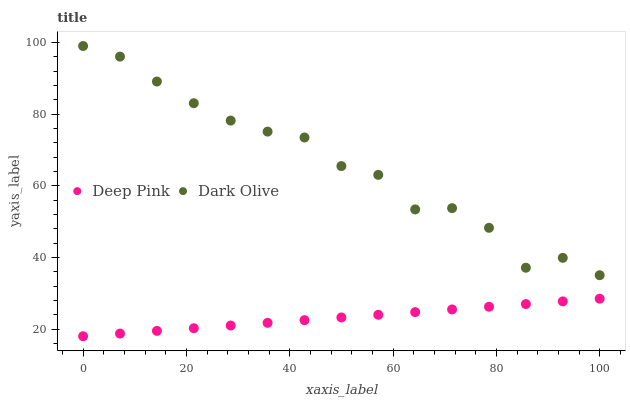
| xaxis_label | Deep Pink | Dark Olive |
 | --- | --- | --- |
 | 0 | 18 | 99 |
 | 7.14 | 18.7 | 96 |
 | 14.3 | 19.5 | 89.1 |
 | 21.4 | 20.2 | 83 |
 | 28.6 | 21 | 78.2 |
 | 35.7 | 21.7 | 75.1 |
 | 42.9 | 22.5 | 73.5 |
 | 50 | 23.2 | 65.5 |
 | 57.1 | 24 | 63 |
 | 64.3 | 24.7 | 53.4 |
 | 71.4 | 25.5 | 53.7 |
 | 78.6 | 26.2 | 48.3 |
 | 85.7 | 27 | 37.1 |
 | 92.9 | 27.7 | 39.9 |
 | 100 | 28.5 | 35 |